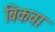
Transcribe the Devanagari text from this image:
बिकवा